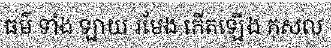
ធម៌ ទាំង ឡាយ រមែង កើតឡើង កុសល